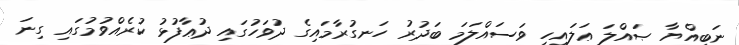
ނަބިއްޔާ ޞައްލަ ޢަލައިހި ވަސައްލަމަ ބަދުރު ހަނގުރާމައިގެ ދުވަހުގައި ދުޢާފުޅު ކުރެއްވުމުގައި ގިނަ